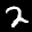
Label: 2